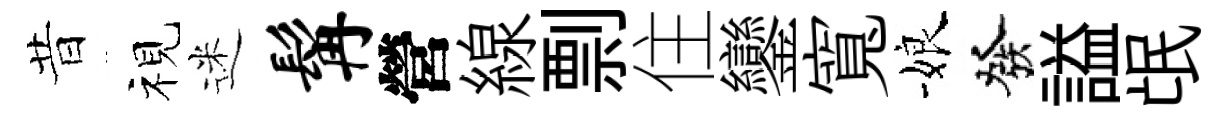
昔视迷髯營線剽住鑾寬娘發謚氓